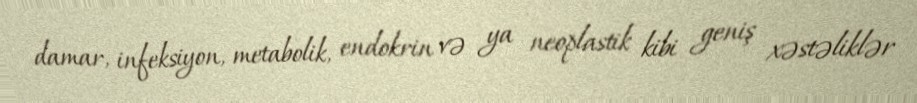
damar, infeksiyon, metabolik, endokrin və ya neoplastik kibi geniş xəstəliklər